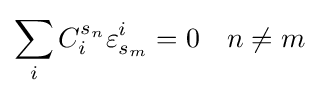
\sum _{i}C_{i}^{s_{n}}\varepsilon _{s_{m}}^{i}=0\quad n\neq m